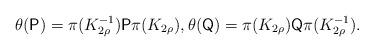
LaTeX: \begin{align*}\theta (\mathsf{P}) = \pi(K_{2 \rho}^{-1}) \mathsf{P} \pi(K_{2 \rho}), \theta (\mathsf{Q}) = \pi(K_{2 \rho}) \mathsf{Q} \pi(K_{2 \rho}^{-1}).\end{align*}